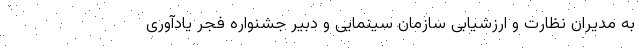
به مدیران نظارت و ارزشیابی سازمان سینمایی و دبیر جشنواره فجر یادآوری